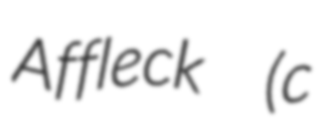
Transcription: Affleck  (c